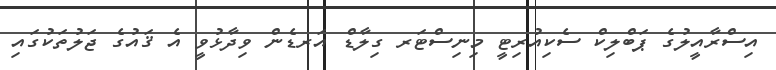
އިސްރާއީލުގެ ޕަބްލިކް ސެކިއުރިޓީ މިނިސްޓަރ ގިލާޑް އަރޑެން ވިދާޅުވީ އެ ޤައުގެ ޖަލުތަކުގައި